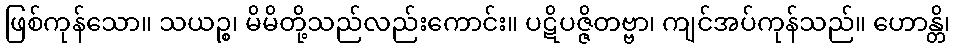
ဖြစ်ကုန်သော။ သယဉ္စ၊ မိမိတို့သည်လည်းကောင်း။ ပဋိပဇ္ဇိတဗ္ဗာ၊ ကျင်အပ်ကုန်သည်။ ဟောန္တိ၊